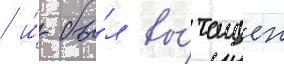
/ и́ бы́л вы́тащен